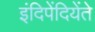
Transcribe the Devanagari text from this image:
इंदिपेंदियेंते